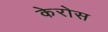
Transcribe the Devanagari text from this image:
केरोस